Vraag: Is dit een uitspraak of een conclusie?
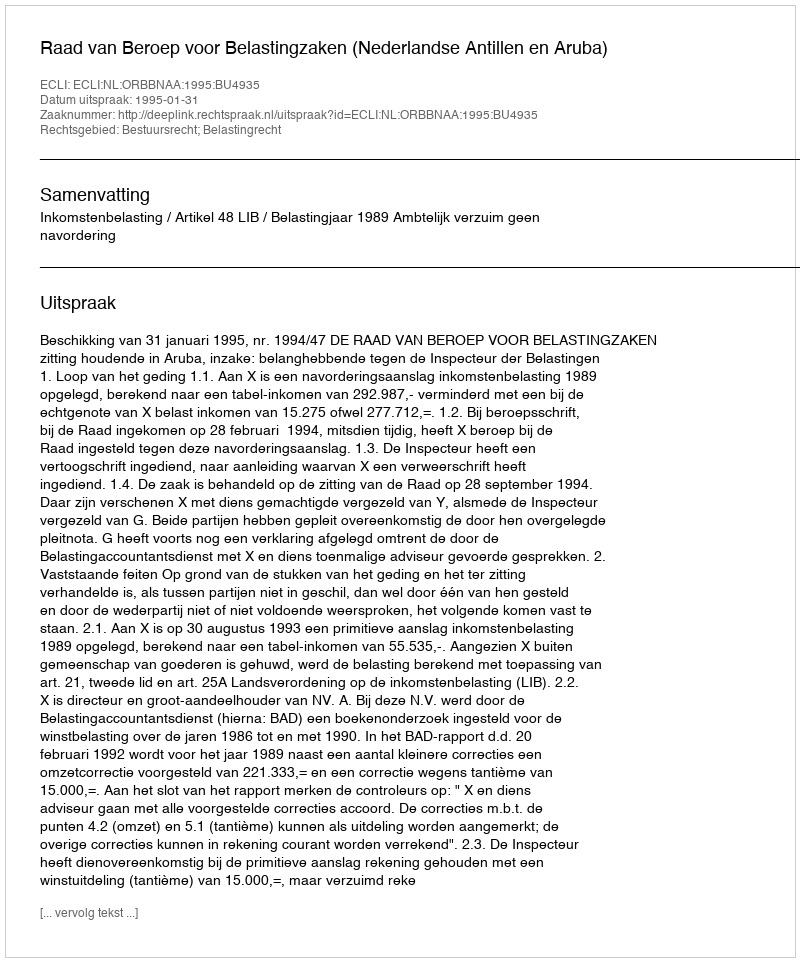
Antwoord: Uitspraak